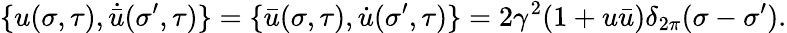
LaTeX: \{ u(\sigma,\tau),\dot{\bar{u}}(\sigma^{\prime},\tau)\} =\{ \bar{u}(\sigma,\tau),\dot{u}(\sigma^{\prime},\tau)\} =2\gamma^{2}(1+u\bar{u})\delta_{2\pi}(\sigma-\sigma^{\prime}).